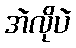
အဲလိုပဲ